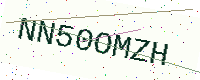
Text: NN50OMZH